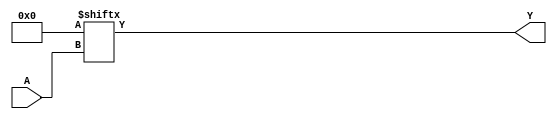
`timescale 1ns/1ps
`celldefine
//
// LUT4 simulation model
// 4-input lookup table (LUT)
//
// Copyright (c) 2023 Rapid Silicon, Inc.  All rights reserved.
//

  
module LUT4 #(
  parameter [15:0] INIT_VALUE = 16'h0000 // 16-bit LUT logic value
) (
  input [3:0] A, // Data Input
  output Y // Data Output
);

  assign Y = INIT_VALUE[A] ;


endmodule
`endcelldefine